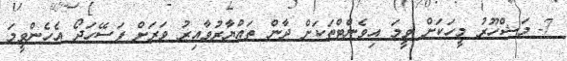
7- މަޝްހޫރު މީހަކަށް ވީމަ އިވެންޓްތަކަށް ދާން ތައްޔާރުވާއިރު ވަރަށް ފަސޭހަދޯ އެހެންވީމަ